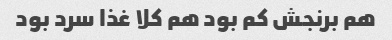
هم‌ برنجش کم بود هم کلا غذا سرد بود